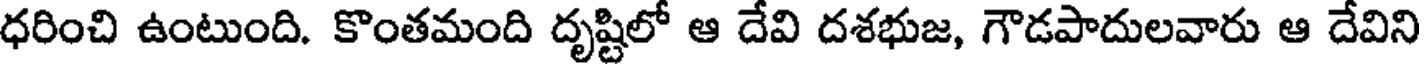
ధరించి ఉంటుంది. కొంతమంది దృష్టిలో ఆ దేవి దశభుజ, గౌడపాదులవారు ఆ దేవిని